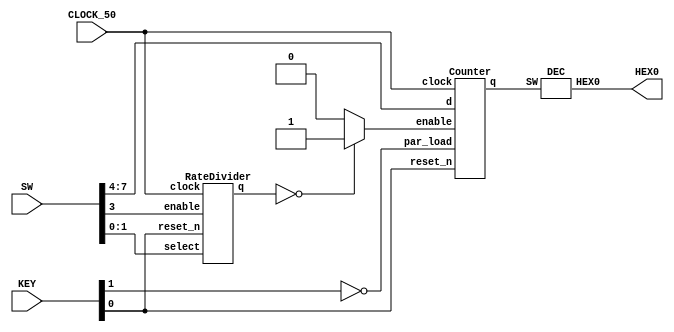
module DisplayCounter(SW, KEY, CLOCK_50, HEX0);
    input [1:0] KEY;
    input [9:0] SW;
    input CLOCK_50;
    output [6:0] HEX0;

    wire enable;
    wire [27:0] wire_1;
    wire [3:0] connection;

    RateDivider rd0(CLOCK_50, SW[1:0], SW[3], KEY[0], wire_1);
    assign enable = (wire_1 == 28'b0) ? 1 : 0; 
    Counter c0(SW[7:4], CLOCK_50, enable, ~KEY[1], KEY[0], connection);
    DEC H0(connection, HEX0);

endmodule


module Counter(d, clock, enable, par_load, reset_n, q);
    input clock, enable, reset_n, par_load;
    input [3:0] d;
    output reg [3:0] q;

    always @(posedge clock, negedge reset_n) begin
        if (reset_n == 1'b0)
            q <= 0;
        else if (par_load == 1'b1)
            q <= d;
        else if (enable == 1'b1) begin
            if (q == 4'b1111)
                q <= 0;
            else
                q <= q + 1'b1;
        end
    end

endmodule


module RateDivider(clock, select, enable, reset_n, q);
    input clock, reset_n, enable;
    input [1:0] select;
    output reg [27:0] q;
    
    reg [27:0] load;

    always @(*) begin
        case(select)
            //2'b00: load = 28'b0; 
            2'b00: load = 28'b0000000000000000000000000011;
            2'b01: load = 28'b0010111110101111000001111111;
            2'b10: load = 28'b0101111101011110000011111111;
            2'b11: load = 28'b1011111010111100000111111111;
        endcase
    end

    always @(posedge clock) begin
        if (reset_n == 1'b0)
            q <= load;
        else if (enable == 1'b1) begin
            if (q == 0)
                q <= load;
            else
                q <= q - 1'b1;
        end
    end
            
endmodule


module DEC(SW, HEX0);
    input [3:0] SW;
    output [6:0] HEX0;

    assign HEX0[0] = (~SW[3]&~SW[2]&~SW[1]&SW[0]) | (~SW[3]&SW[2]&~SW[1]&~SW[0]) | (SW[3]&SW[2]&~SW[1]&SW[0]) | (SW[3]&~SW[2]&SW[1]&SW[0]);
    assign HEX0[1] = (~SW[3]&SW[2]&~SW[1]&SW[0]) | (SW[2]&SW[1]&~SW[0]) | (SW[3]&SW[2]&~SW[0]) | (SW[3]&SW[1]&SW[0]);
    assign HEX0[2] = (~SW[3]&~SW[2]&SW[1]&~SW[0]) | (SW[3]&SW[2]&~SW[0]) | (SW[3]&SW[2]&SW[1]);
    assign HEX0[3] = (~SW[3]&SW[2]&~SW[1]&~SW[0]) | (SW[3]&~SW[2]&SW[1]&~SW[0]) | (~SW[2]&~SW[1]&SW[0]) | (SW[2]&SW[1]&SW[0]);
    assign HEX0[4] = (~SW[3]&SW[2]&~SW[1]) | (~SW[2]&~SW[1]&SW[0]) | (~SW[3]&SW[0]);
    assign HEX0[5] = (SW[3]&SW[2]&~SW[1]&SW[0]) | (~SW[3]&~SW[2]&SW[0]) | (~SW[3]&~SW[2]&SW[1]) | (~SW[3]&SW[1]&SW[0]);
    assign HEX0[6] = (~SW[3]&~SW[2]&~SW[1]) | (~SW[3]&SW[2]&SW[1]&SW[0]) | (SW[3]&SW[2]&~SW[1]&~SW[0]);

endmodule